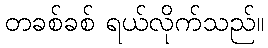
တခစ်ခစ် ရယ်လိုက်သည်။